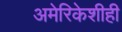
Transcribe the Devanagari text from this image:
अमेरिकेशीही